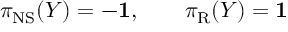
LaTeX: \pi _ { \mathrm { N S } } ( Y ) = - { \bf 1 } , \qquad \pi _ { \mathrm { R } } ( Y ) = { \bf 1 }